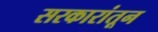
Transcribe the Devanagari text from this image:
सरकारांतून